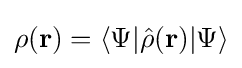
\rho (\mathbf {r} )=\langle \Psi |{\hat {\rho }}(\mathbf {r} )|\Psi \rangle